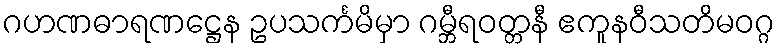
ဂဟဏဓာရဏဋ္ဌေန ဥပသင်္ကမိမှာ ဂမ္ဘီရဝတ္တနီ ဧကူနဝီသတိမဝဂ္ဂ